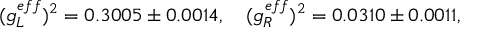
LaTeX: ( g _ { L } ^ { e f f } ) ^ { 2 } = 0 . 3 0 0 5 \pm 0 . 0 0 1 4 , ~ ~ ~ ( g _ { R } ^ { e f f } ) ^ { 2 } = 0 . 0 3 1 0 \pm 0 . 0 0 1 1 ,